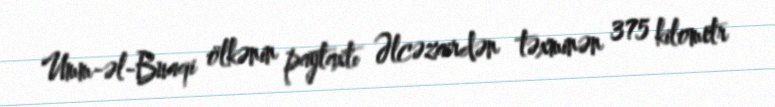
Umm-əl-Buaqi ölkənin paytaxtı Əlcəzairdən təxminən 375 kilometr